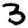
Digit: 3